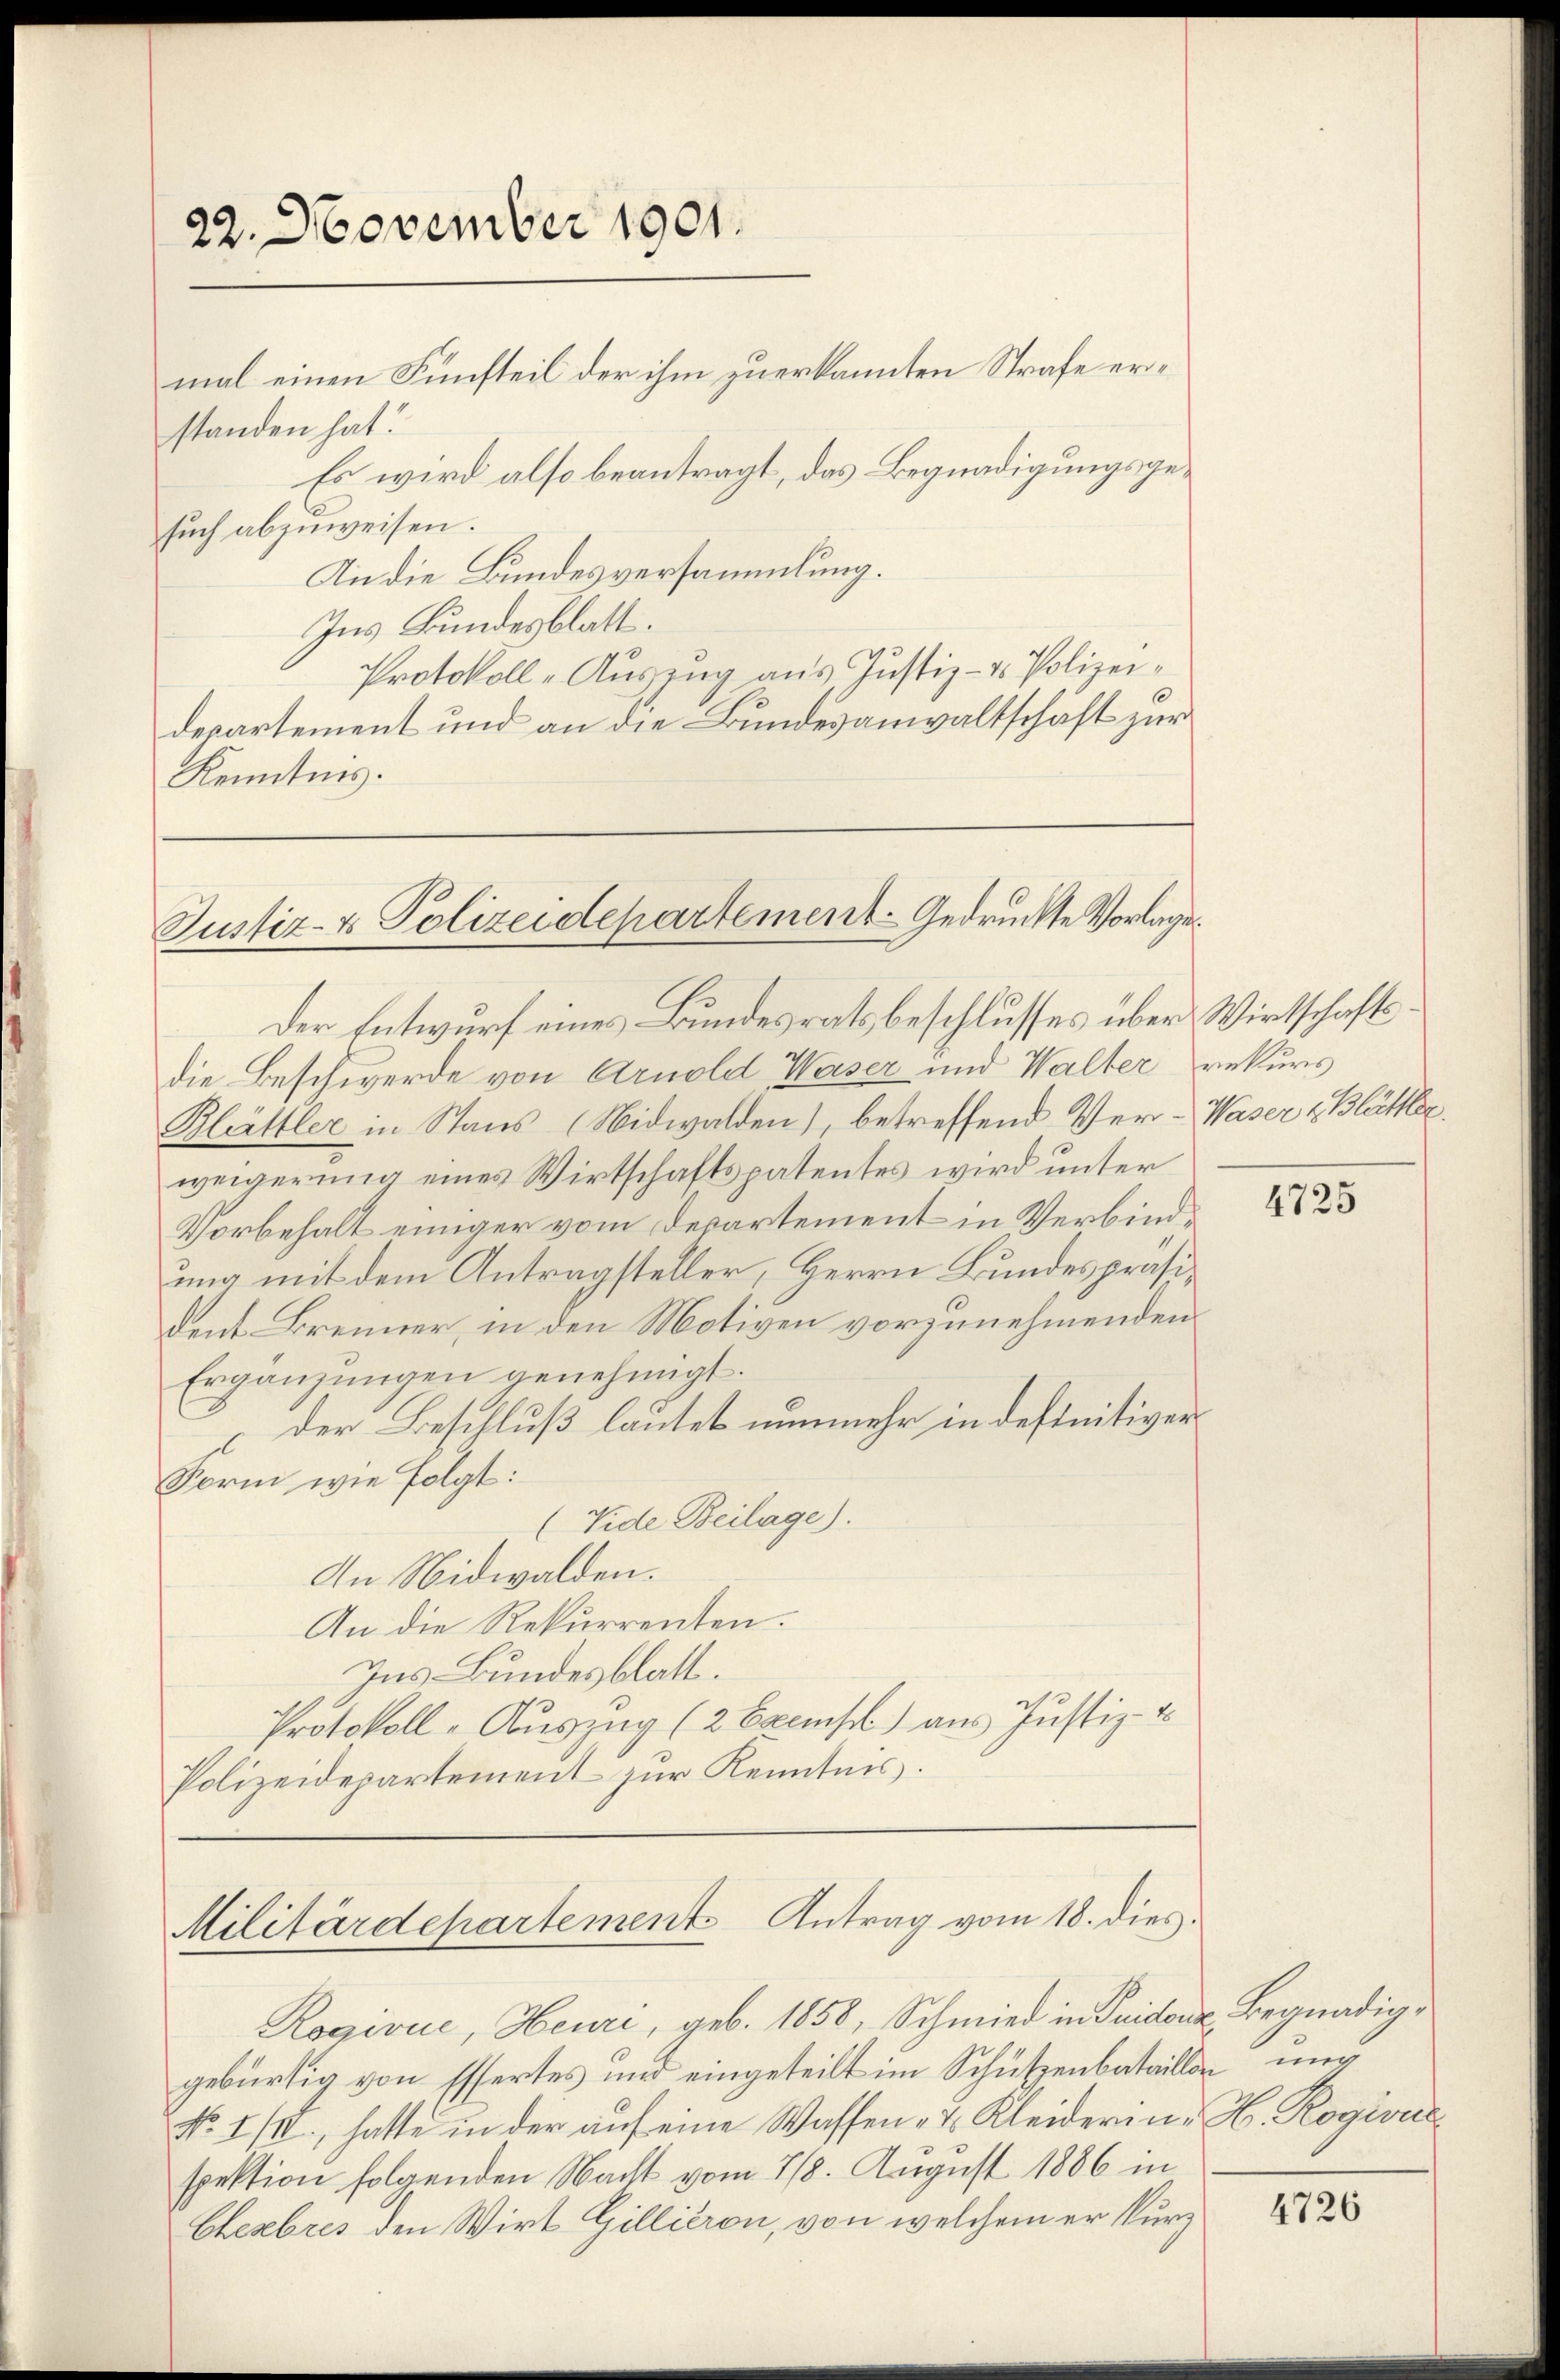
22. November 1901.

mal einen Fünfteil der ihm zuerkannten Strafe erstanden hat.
Es wird also beantragt, das Begnadigungsgesuch abzuweisen.
An die Bundesversammlung.
Ins Bundesblatt.
Protokoll-Auszug aus Justiz- & Polizeidepartement und an die Bundesanwaltschaft zur
Kenntnis.

Justiz- & Polizeidepartement - Gedruckte Vorlage

Der Entwurf eines Bundesrats beschlusses über Wirtschaftsdie Beschwerde von Arnold Waser und Walter rekurs
Blättler in Staus (Nidwalden), betreffend Ver-Waser & Blättler.
weigerung eines Wirtschaftspatentes wird unter
Vorbehalt einiger vom Departement in Verbindung mit dem Antragsteller, Herrn Bundespräsident Brenner, in den Motiven vorzunehmenden
Ergänzungen genehmigt.
der Beschluß lautet nunmehr in definitiver
Form wie folgt:
(Vide Beilage).
An Nidwalden.
An die Rekurrenten.
Zus Bundesblatt.
Protokoll - Auszug (2 Exempl) aus Justiz- u
Polizeidepartement zur Kenntnis.

Militärdepartement Antrag vom 18. dies

Rogivue, Heuri, geb. 1858, Schmied in Guidor Begnadiggebürtig von Essertes und eingeteilt im Schützenbataillon ung
No. 1/2., hatte in der auf eine Wassen - 2. Kleiderin H. Rogivus
spektion folgenden Nacht vom 28. August 1886 in
Chembris den Wirt Gillieron, von welchem er kurz

4725

4726